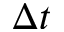
\Delta \. t